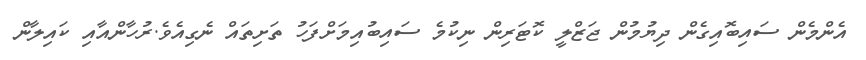
އެންމެން ސައިބޮއިގެން ދިޔުމުން ޖަޒްލީ ކޮޓަރިން ނިކުމެ ސައިބުއިމަށްފަހު ތަށިތައް ނެގިއެވެ.ރުހާންއާއި ކައިލާން